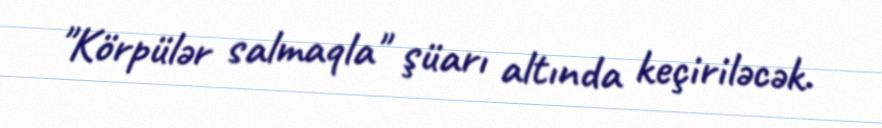
"Körpülər salmaqla" şüarı altında keçiriləcək.